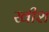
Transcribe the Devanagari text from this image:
खीश